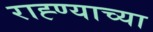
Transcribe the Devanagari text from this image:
राह्ण्याच्या